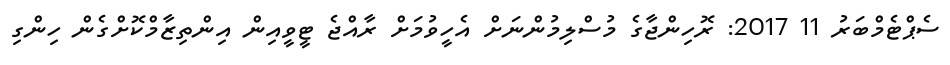
ސެޕްޓެމްބަރު 11 2017: ރޮހިންޖާގެ މުސްލިމުންނަށް އެހީވުމަށް ރާއްޖެ ޓީވީއިން އިންތިޒާމްކޮށްގެން ހިންގި